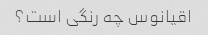
اقیانوس چه رنگی است؟